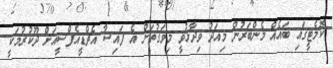
ކޮމެޓީގައި ބައެއް މެންބަރުން މިއަދު ވިދާޅުވީ މިވަގުތަށް އެ ފައިސާ އެޗްޑީއެފްސީއަށް ދޫކުރުމަކީ